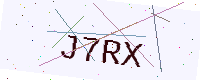
Text: J7RX